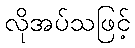
လိုအပ်သဖြင့်